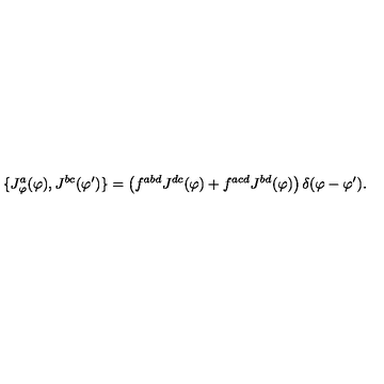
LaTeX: \{ J _ { \varphi } ^ { a } ( \varphi ) , J ^ { b c } ( \varphi ^ { \prime } ) \} = \left( f ^ { a b d } J ^ { d c } ( \varphi ) + f ^ { a c d } J ^ { b d } ( \varphi ) \right) \delta ( \varphi - \varphi ^ { \prime } ) .